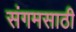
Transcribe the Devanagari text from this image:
संगमसाठी